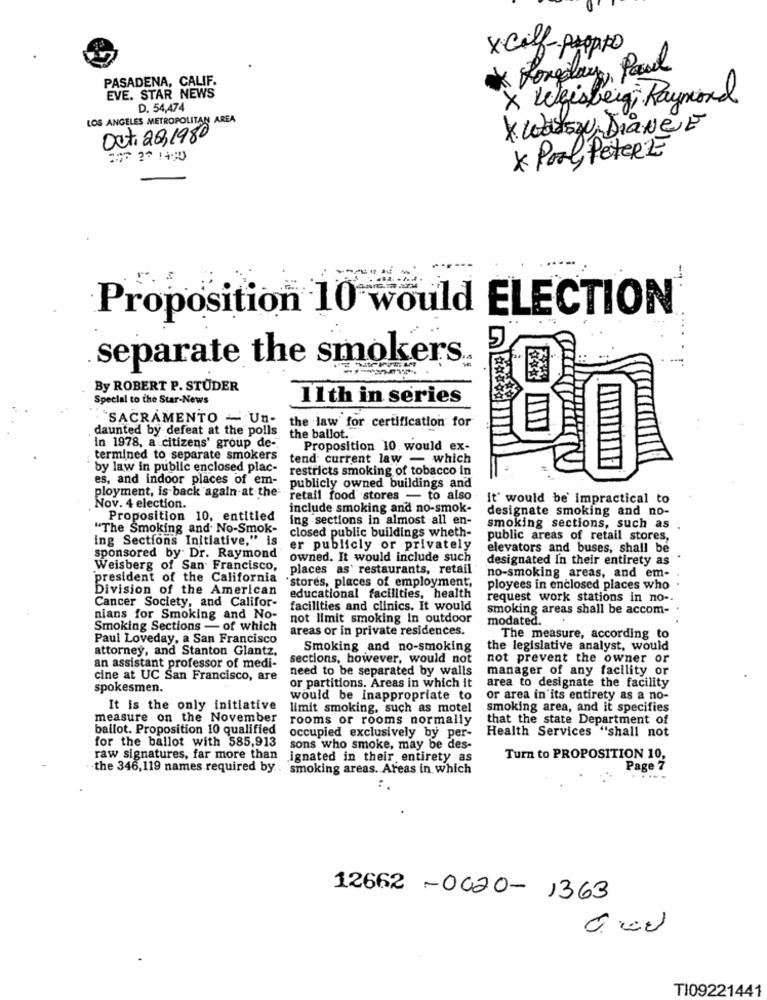
xcilf-propo
Longolay, Passel
PASADENA, CALIF.
EVE. STAR NEWS
× Weisbeing; Raymond
D. 54,474
LOS ANGELES METROPOLITAN AREA
* Warszu DiaNCE
Oct. 201980
* Pool, Peter E
-
Proposition 10 would ELECTION
separate the smokers
By ROBERT P. STUDER
Special to the Star-News
11th in series
SACRAMENTO - Un-
daunted by defeat at the polls
the law for certification for
the ballot ..
in 1978, a citizens' group de -.
Proposition 10. would ex-
termined to separate smokers
tend current law - which
by law in public enclosed plac-
restricts smoking of tobacco in
es, and indoor places of em-
publicly owned buildings and
ployment, is back again at the
retail food stores - to also
it' would be' impractical to
Nov. 4 election.
include smoking and no-smok-
designate smoking and no-
Proposition 10, entitled
ing sections in almost all en-
"The Smoking and No-Smok-
closed public buildings wheth-
smoking sections, such as
ing Sections Initiative," is
public areas of retail stores,
er publicly or privately
elevators and buses, shall be
sponsored by Dr. Raymond
owned. It would include such
designated In their entirety as
Weisberg of San Francisco,
places as' restaurants, retail
president of the California
"stores, places of employment,
no-smoking areas, and em-
Division of the American
ployees in enclosed places who
Cancer Society, and Califor-
educational facilities, health
request work stations in no -.
facilities and clinics. It would
smoking areas shall be accom-
nians for Smoking and No-
not limit smoking In outdoor
modated.
Smoking Sections - of which
areas or in private residences.
Paul Loveday, a San Francisco
The measure, according to
attorney, and Stanton Glantz,
Smoking and no-smoking
the legislative analyst, would
sections, however, would not
not prevent the owner or
an assistant professor of medi-
need to be separated by walls
manager of any facility or
cine at UC San Francisco, are
spokesmen.
or partitions. Areas in which it
area to designate the facility
would be inappropriate to
or area in its entirety as a no-
It is the only initiative
limit smoking, such as motel
smoking area, and it specifies
measure on the November
rooms or rooms normally
that the state Department of
ballot. Proposition 10 qualified
Health Services "shall not
for the ballot with 585,913
occupied exclusively by per-
sons who smoke, may be des-
raw signatures, far more than
ignated in their entirety as
Turn to PROPOSITION 10,
. the 346,119 names required by. smoking areas. Areas in which
Page 7
12662-0020-1363
TI09221441